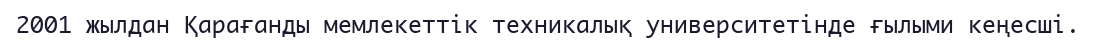
2001 жылдан Қарағанды мемлекеттік техникалық университетінде ғылыми кеңесші.